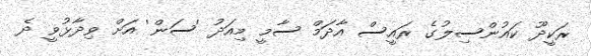
ރަކީދޫ ކައުންސިލުގެ ރައީސް އާދަމް ސާމީ މިއަދު 'ސަން' އަށް ވިދާޅުވީ ދެ